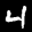
Label: 4